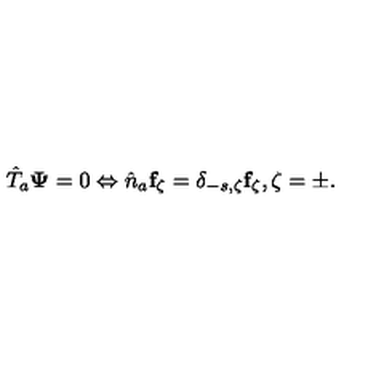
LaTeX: \hat { T } _ { a } { \bf \Psi } = 0 \Leftrightarrow \hat { n } _ { a } { \bf f } _ { \zeta } = \delta _ { - s , \zeta } { \bf f } _ { \zeta } , \zeta = \pm .